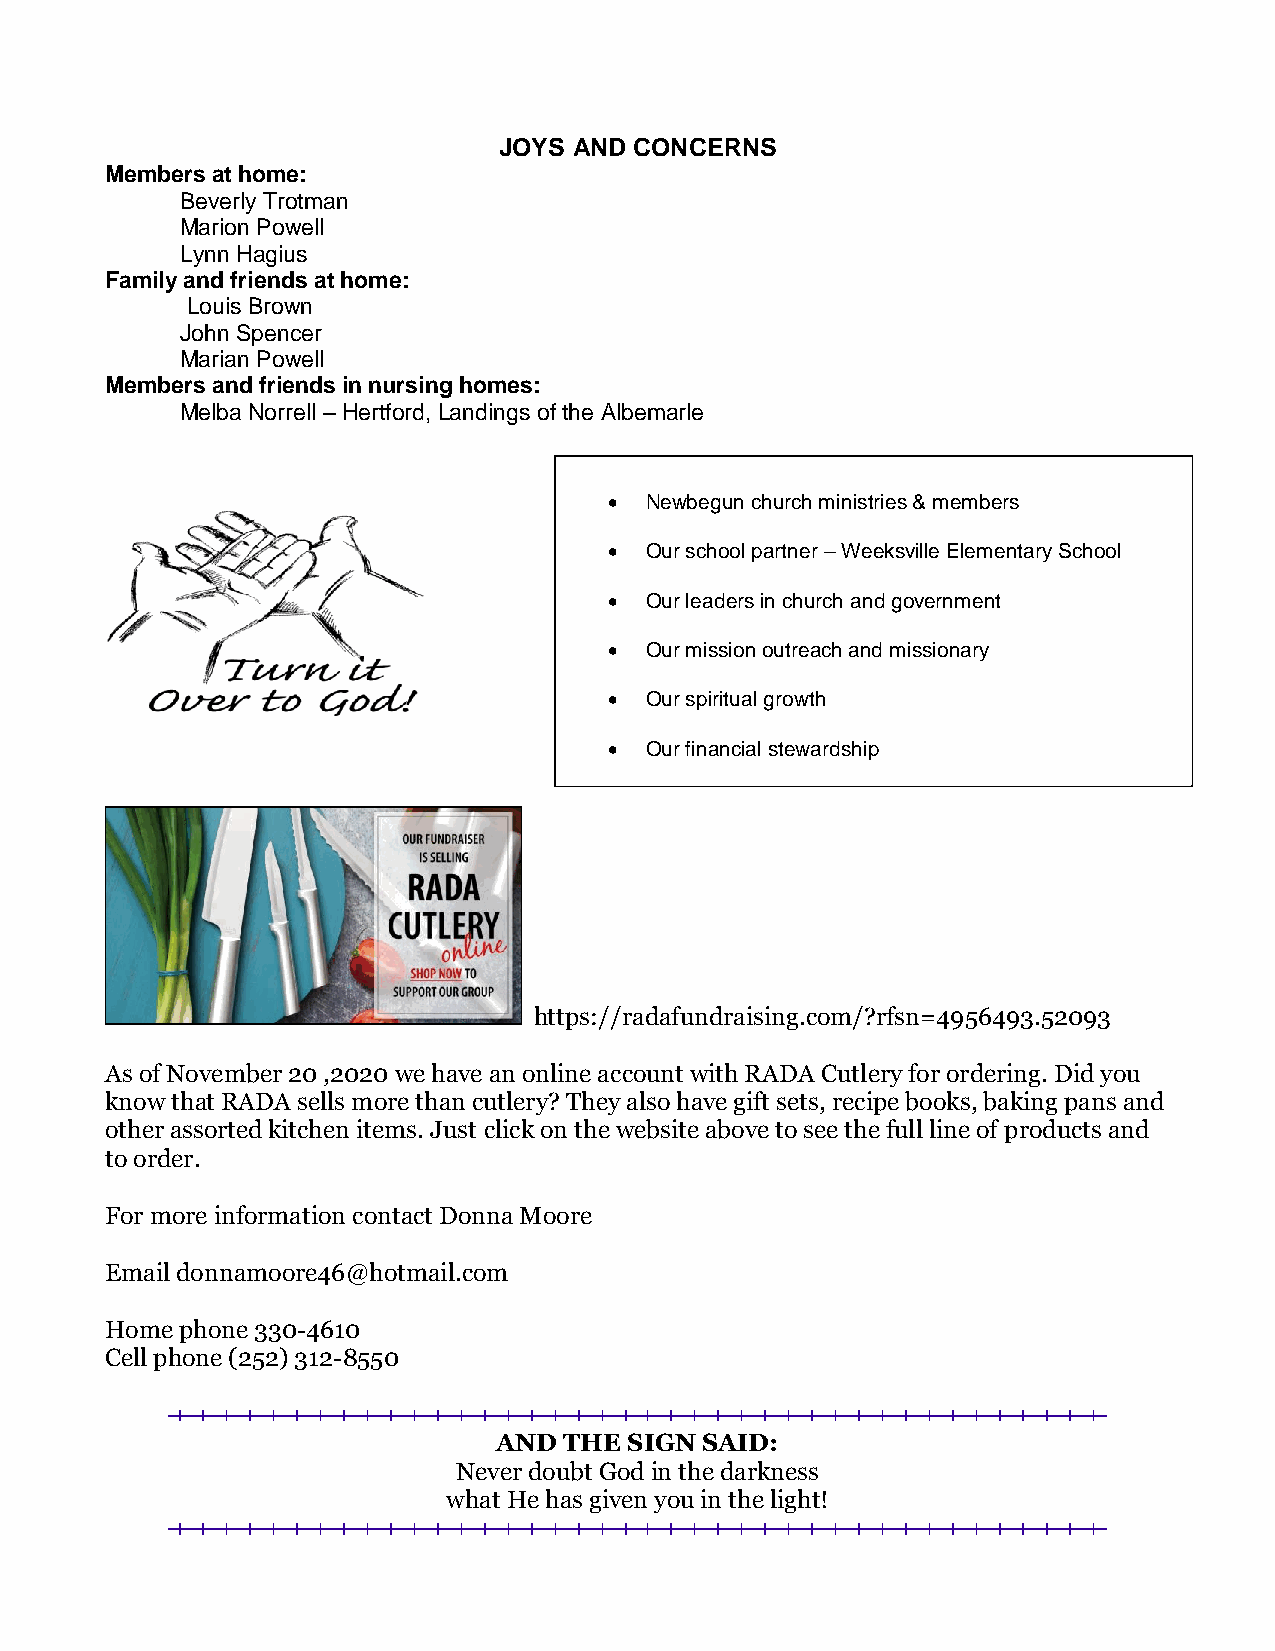
JOYS AND CONCERNS
 Members at home:
 Beverly Trotman
 Marion Powell
 Lynn Hagius
 Family and friends at home:
 Louis Brown
 John Spencer
 Marian Powell
 Members and friends in nursing homes:
 Melba Norrell – Hertford, Landings of the Albemarle
   Newbegun church ministries & members
   Our school partner – Weeksville Elementary School
   Our leaders in church and government
   Our mission outreach and missionary
   Our spiritual growth
   Our financial stewardship
 https://radafundraising.com/?rfsn=4956493.52093
 As of November 20 ,2020 we have an online account with RADA Cutlery for ordering. Did you
 know that RADA sells more than cutlery? They also have gift sets, recipe books, baking pans and
 other assorted kitchen items. Just click on the website above to see the full line of products and
 to order.
 For more information contact Donna Moore
 Email donnamoore46@hotmail.com
 Home phone 330-4610
 Cell phone (252) 312-8550
 AND THE  SIGN SAID:
 Never doubt God in the darkness
 what He has given you in the light!